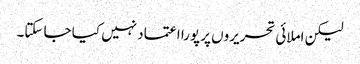
لیکن املائی تحریروں پر پورا اعتماد نہیں کیا جا سکتا۔